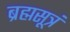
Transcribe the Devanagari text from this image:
ब्रह्मसूत्रं